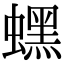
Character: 蟔